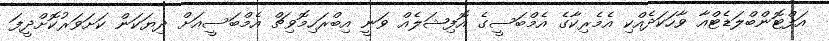
އަފްޓޮންބްލަޑެޓްއާ ވާހަކަދެއްކި އެމެރިކާގެ އެމްބަސީގެ އޮފިޝަލެއް ވަނީ އިބްރަހިމޮވިޗް އެމްބަސީއަށް ދިޔަކަން ކަށަވަރުކޮށްދީފަ